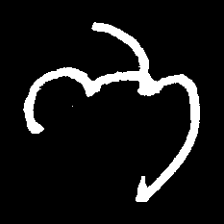
Pyu character \u2014 Myanmar letter: ဘ (romanized: bha)